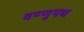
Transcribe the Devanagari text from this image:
वण्णुपथ